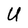
Character: U